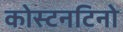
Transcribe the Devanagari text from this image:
कोस्टनटिनो